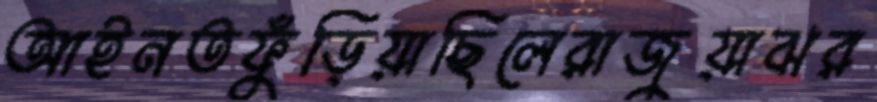
আইনতফুঁড়িয়াছিলেরাজুয়াঝর